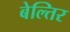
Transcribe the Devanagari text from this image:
बेल्तिर